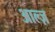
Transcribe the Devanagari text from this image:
आल्ज़